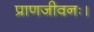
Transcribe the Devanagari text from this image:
प्राणजीवनः।